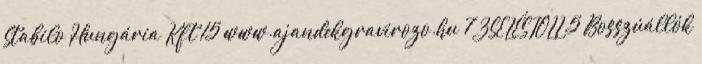
Stabilo Hungária Kft 15 www.ajandekgravirozo.hu 7 ZSELÉSTOLL 5 Bosszúállók